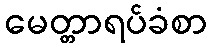
မေတ္တာရပ်ခံစာ